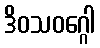
ဒိဝသဝဂ္ဂေါ